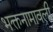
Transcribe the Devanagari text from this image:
भक्तनामावली